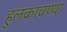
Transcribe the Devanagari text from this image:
हुलकावण्या